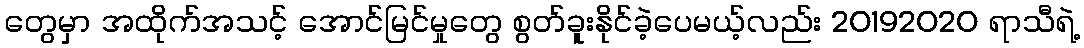
တွေမှာ အထိုက်အသင့် အောင်မြင်မှုတွေ စွတ်ခူးနိုင်ခဲ့ပေမယ့်လည်း 20192020 ရာသီရဲ့